Indian journal of veterinary science and animal husbandry - Volume 7,
Year: 1937
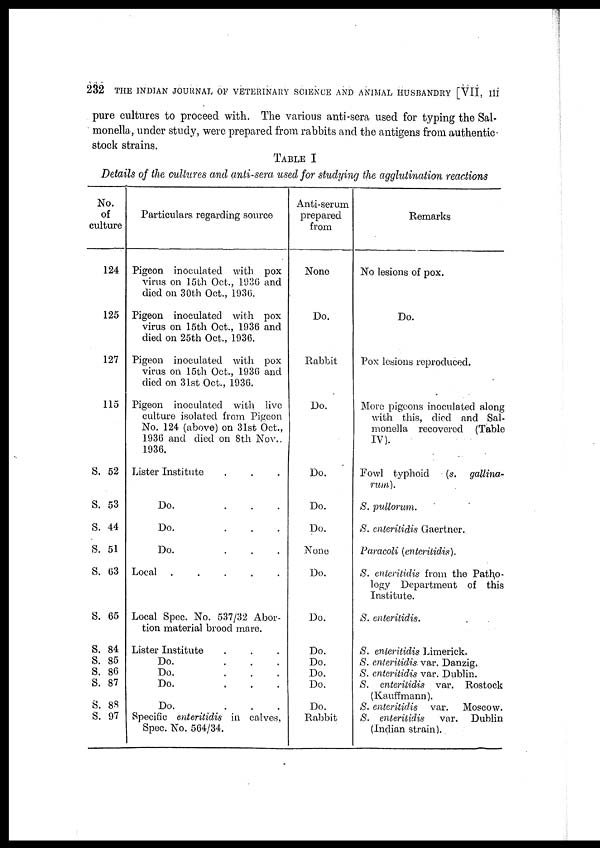
232 THE INDIAN JOURNAL OF VETERINARY SCIENCE AND ANIMAL HUSBANDRY [VII, III
pure cultures to proceed with. The various anti-sera used for typing the Sal-
monella, under study, were prepared from rabbits and the antigens from authentic
stock strains.
TABLE I
Details of the cultures and anti-sera used for studying the agglutination reactions
No.
of
culture
124
125
127
115
S. 52
S. 53
S. 44
S. 51
S. 63
S. 65
S. 84
S. 85
S. 86
S. 87
S. 88
S. 97
Particulars regarding source
Pigeon inoculated with pox
virus on 15th Oct., 1936 and
died on 30th Oct., 1936.
Pigeon inoculated with pox
virus on 15th Oct., 1936 and
died on 25th Oct., 1936.
Pigeon inoculated with pox
virus on 15th Oct., 1936 and
died on 31st Oct., 1936.
Pigeon inoculated with live
culture isolated from Pigeon
No. 124 (above) on 31st Oct.,
1936 and died on 8th Nov..
1936.
Lister Institute . . .
Do.
.
.
.
Do.
.
.
.
Do.
.
.
.
Local
.
.
.
.
.
Local Spec. No. 537/32 Abor-
tion material brood mare.
Lister Institute . . .
Do.
.
.
.
Do.
.
.
.
Do.
.
.
.
Do.
.
.
.
Specific enteritidis in calves,
Spec. No. 564/34.
Anti-serum
prepared
from
None
Do.
Rabbit
Do.
Do.
Do.
Do.
None
Do.
Do.
Do.
Do.
Do.
Do.
Do.
Rabbit
Remarks
No lesions of pox.
Do.
Pox lesions reproduced.
More pigeons inoculated along
with this, died and Sal-
monella recovered (Table
IV).
Fowl typhoid
(s. gallina-
rum).
S. pullorum.
S. enteritidis Gaertner.
Paracoli (enteritidis).
S. enteritidis from the Patho-
logy Department of this
Institute.
S. enteritidis.
S. enteritidis Limerick.
S. enteritidis var. Danzig.
S. enteritidis var. Dublin.
S. enteritidis var. Rostock
(Kauffmann).
S. enteritidis var. Moscow.
S. enteritidis
var. Dublin
(Indian strain).